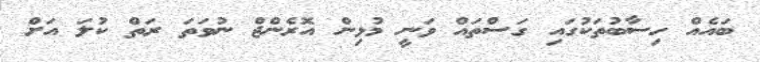
ބައެއް ހިސާބުތަކުގައި ގަސްތައް ވަނީ މުޅިން އޮރެންޖް ނުވަތަ ރަތް ކުލަ އަށް